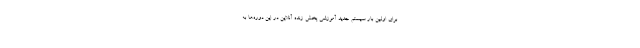
برای اولین بار سیستم جدید آموزشی پخش زنده آنلاین در این دوره‌ها به